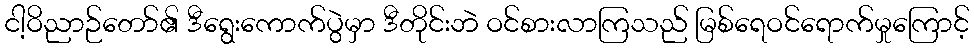
ငါ့ဝိညာဉ်တော်၏ ဒီရွေးကောက်ပွဲမှာ ဒီတိုင်းဘဲ ဝင်စားလာကြသည် မြစ်ရေဝင်ရောက်မှုကြောင့်